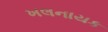
ખલનાયક